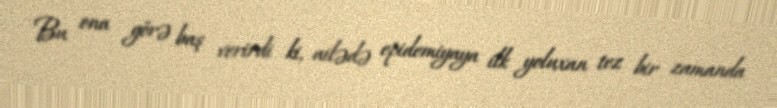
Bu ona görə baş verirdi ki, ailədə epidemiyaya ilk yoluxan tez bir zamanda